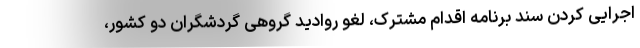
اجرایی کردن سند برنامه اقدام مشترک، لغو روادید گروهی گردشگران دو کشور،